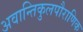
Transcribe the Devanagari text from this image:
अवान्तिकुलपौराणिक